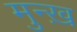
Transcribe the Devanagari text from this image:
मुन्ख़